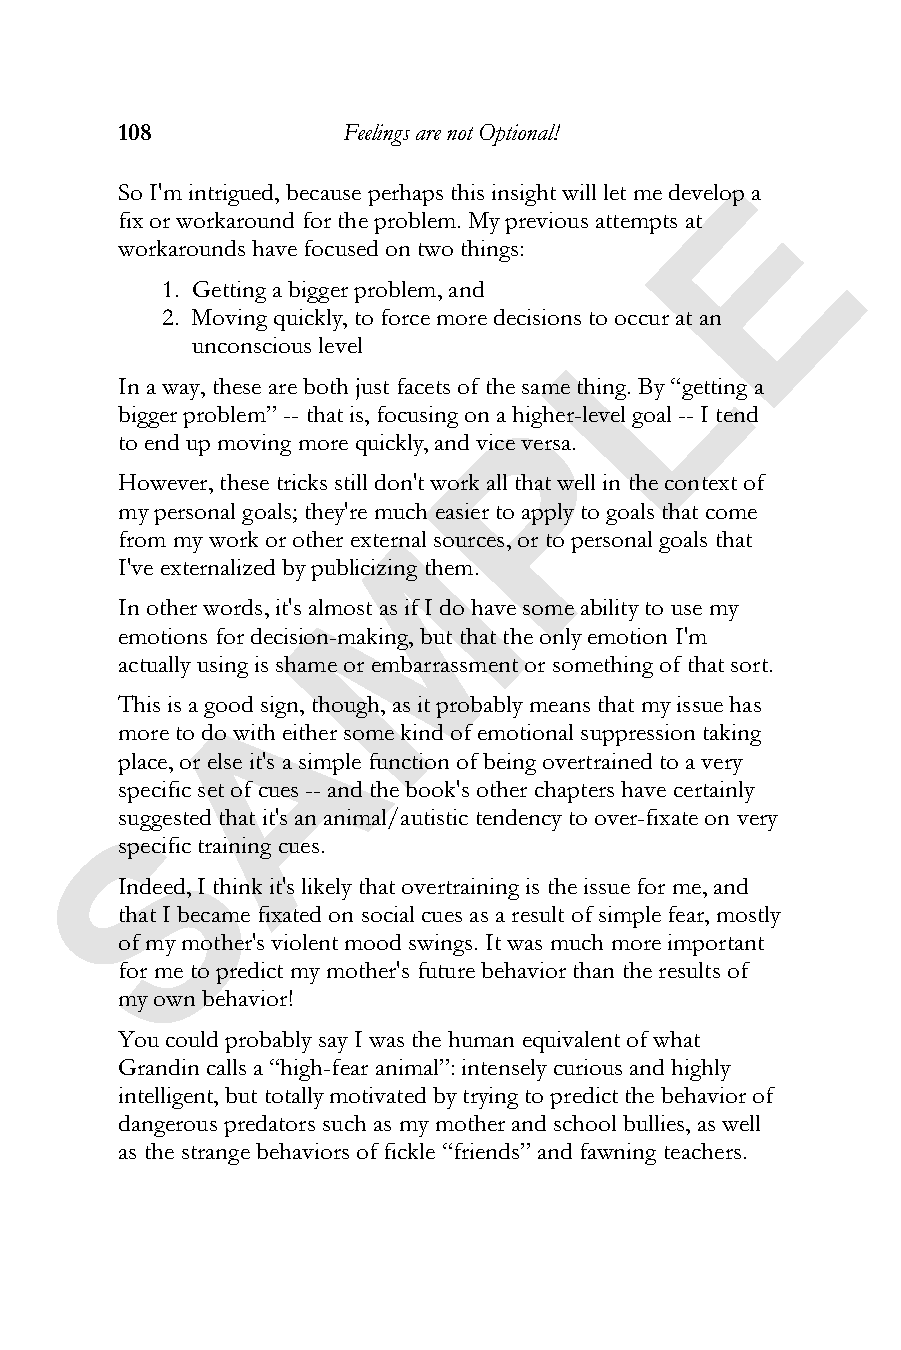
108            Feelings are not Optional!
 E
 So I'm intrigued, because perhaps this insight will let me develop a
 fix or workaround for the problem. My previous attempts at
 workarounds have focused on two things:
 1. Getting a bigger problem, and
 L
 2. Moving quickly, to force more decisions to occur at an
 unconscious level
 In a way, these are both just facets of the same thing. By “getting a
 P
 bigger problem” -- that is, focusing on a higher-level goal -- I tend
 to end up moving more quickly, and vice versa.
 However, these tricks still don't work all that well in the context of
 my personal goals; they're much easier to apply to goals that come
 M
 from my work or other external sources, or to personal goals that
 I've externalized by publicizing them.
 In other words, it's almost as if I do have some ability to use my
 emotions for decision-making, but that the only emotion I'm
 actually using is shame or embarrassment or something of that sort.
 A
 This is a good sign, though, as it probably means that my issue has
 more to do with either some kind of emotional suppression taking
 place, or else it's a simple function of being overtrained to a very
 specific set of cues -- and the book's other chapters have certainly
 S
 suggested that it's an animal/autistic tendency to over-fixate on very
 specific training cues.
 Indeed, I think it's likely that overtraining is the issue for me, and
 that I became fixated on social cues as a result of simple fear, mostly
 of my mother's violent mood swings. It was much more important
 for me to predict my mother's future behavior than the results of
 my own behavior!
 You could probably say I was the human equivalent of what
 Grandin calls a “high-fear animal”: intensely curious and highly
 intelligent, but totally motivated by trying to predict the behavior of
 dangerous predators such as my mother and school bullies, as well
 as the strange behaviors of fickle “friends” and fawning teachers.